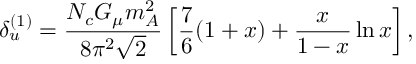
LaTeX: \delta _ { u } ^ { ( 1 ) } = \frac { N _ { c } G _ { \mu } m _ { A } ^ { 2 } } { 8 \pi ^ { 2 } \sqrt 2 } \left[ \frac { 7 } { 6 } ( 1 + x ) + \frac { x } { 1 - x } \ln x \right] ,